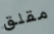
مقلق